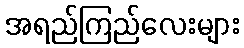
အရည်ကြည်လေးများ